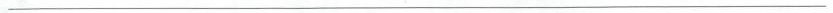
___